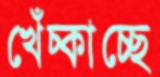
খেঁচ্‌কাচ্ছে